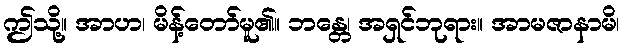
ဤသို့။ အာဟ၊ မိန့်တော်မူ၏။ ဘန္တေ၊ အရှင်ဘုရား။ အာမဇာနာမိ၊